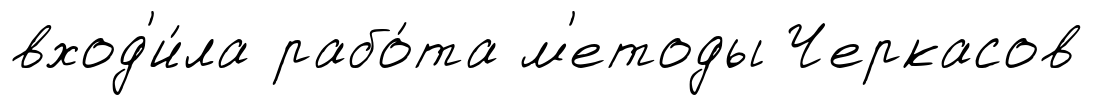
вход'и́ла рабо́та м'етоды Черкасов